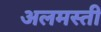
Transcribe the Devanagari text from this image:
अलमस्ती